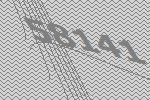
58141